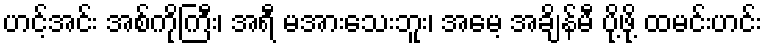
ဟင့်အင်း အစ်ကိုကြီး၊ အရီ မအားသေးဘူး၊ အမေ့ အချိန်မီ ပို့ဖို့ ထမင်းဟင်း